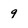
Character: 9